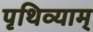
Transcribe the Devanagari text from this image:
पृथिव्याम्